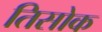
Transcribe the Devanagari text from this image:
तिसोक